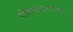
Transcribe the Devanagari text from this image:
पोत्राजासारखा